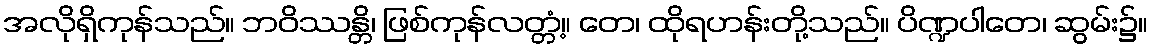
အလိုရှိကုန်သည်။ ဘဝိဿန္တိ၊ ဖြစ်ကုန်လတ္တံ့။ တေ၊ ထိုရဟန်းတို့သည်။ ပိဏ္ဍပါတေ၊ ဆွမ်း၌။